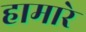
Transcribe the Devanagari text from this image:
हामारे